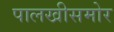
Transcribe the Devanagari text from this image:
पालखीसमोर